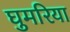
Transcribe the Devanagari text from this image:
घुमरिया